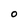
Character: 0